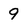
Character: 9